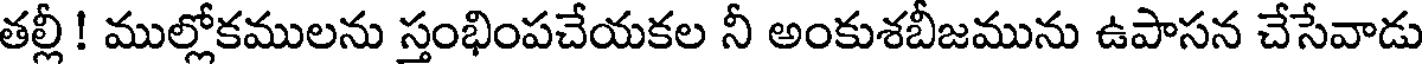
తల్లీ ! ముల్లోకములను స్తంభింపచేయకల నీ అంకుశబీజమును ఉపాసన చేసేవాడు